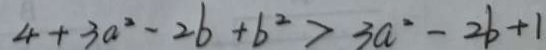
4 + 3 a ^ { 2 } - 2 b + b ^ { 2 } > 3 a ^ { 2 } - 2 b + 1